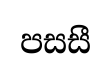
පසසී